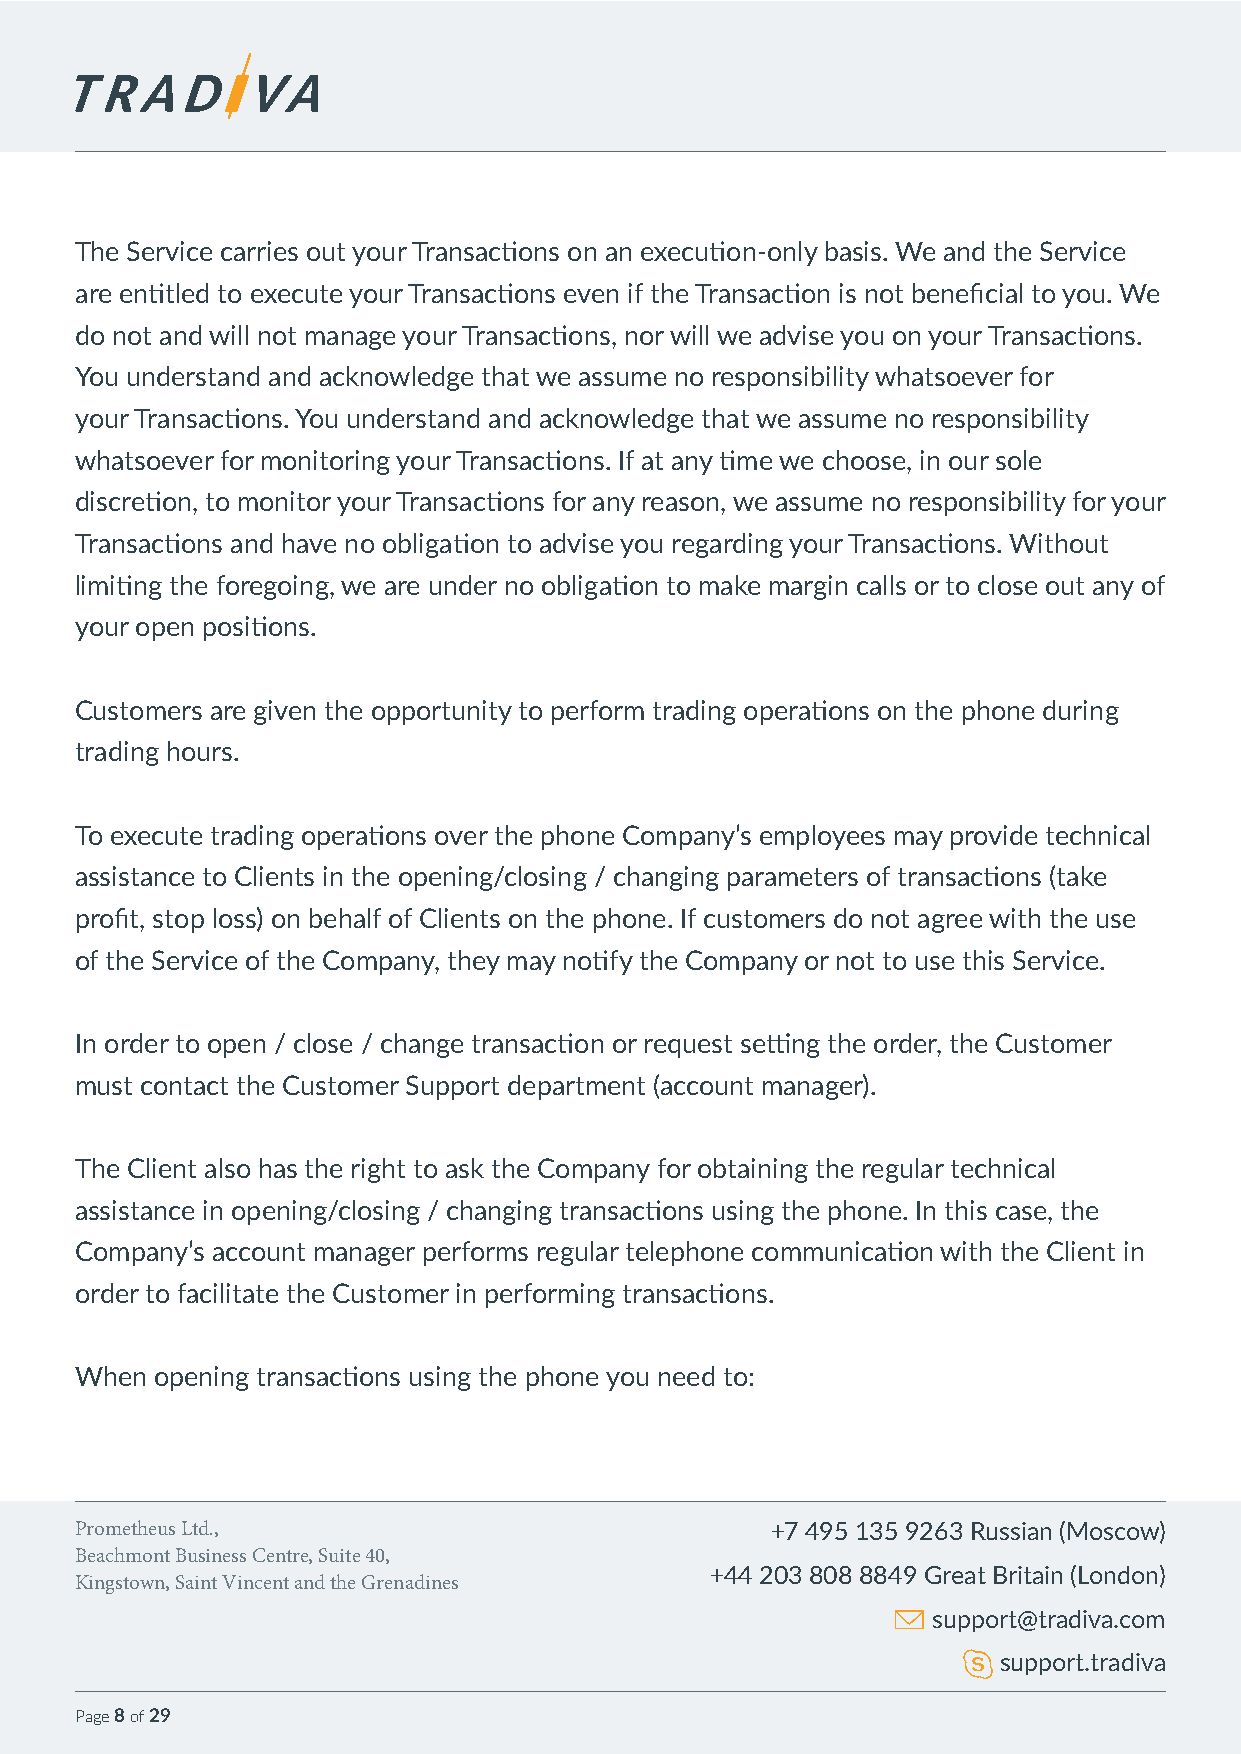
The Service carries out your Transactions on an execution-only basis. We and the Service
 are entitled to execute your Transactions even if the Transaction is not beneficial to you. We
 do not and will not manage your Transactions, nor will we advise you on your Transactions.
 You understand and acknowledge that we assume no responsibility whatsoever for
 your Transactions. You understand and acknowledge that we assume no responsibility
 whatsoever for monitoring your Transactions. If at any time we choose, in our sole
 discretion, to monitor your Transactions for any reason, we assume no responsibility for your
 Transactions and have no obligation to advise you regarding your Transactions. Without
 limiting the foregoing, we are under no obligation to make margin calls or to close out any of
 your open positions.
 Customers are given the opportunity to perform trading operations on the phone during
 trading hours.
 To execute trading operations over the phone Company’s employees may provide technical
 assistance to Clients in the opening/closing / changing parameters of transactions (take
 profit, stop loss) on behalf of Clients on the phone. If customers do not agree with the use
 of the Service of the Company, they may notify the Company or not to use this Service.
 In order to open / close / change transaction or request setting the order, the Customer
 must contact the Customer Support department (account manager).
 The Client also has the right to ask the Company for obtaining the regular technical
 assistance in opening/closing / changing transactions using the phone. In this case, the
 Company’s account manager performs regular telephone communication with the Client in
 order to facilitate the Customer in performing transactions.
 When opening transactions using the phone you need to:
 Prometheus Ltd.,                              +7 495 135 9263 Russian (Moscow)
 Beachmont Business Centre, Suite 40,
 +44 203 808 8849 Great Britain (London)
 Kingstown, Saint Vincent and the Grenadines
 support@tradiva.com
 support.tradiva
 Page 8 of 29